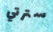
سترتي